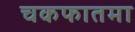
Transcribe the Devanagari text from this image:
चकफातमा